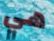
هي